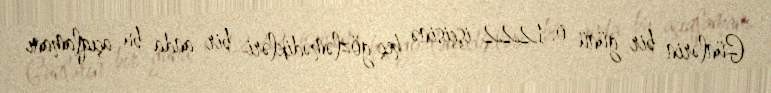
Günlərin bir günü o, 1222 işçisinə heç gözləmədikləri bir anda bu açıqlamanı